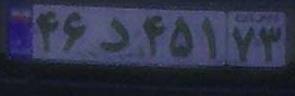
۴۶د۴۵۱۷۳